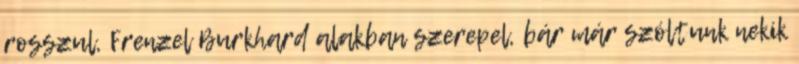
rosszul, Frenzel Burkhard alakban szerepel, bár már szóltunk nekik